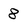
Character: 8